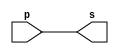
// ------------------------- 
// Exemplo0001 - buffer 
// Nome:Milton costa teles da silva
// ------------------------- 
// ------------------------- 
// -- buffer 
// ------------------------- 
module buffer (output s, input p); 
assign s = p; // criar vinculo permanente 
// (dependencia) 
endmodule // buffer 
// ------------------------- 
// -- test buffer 
// ------------------------- 
module testbuffer; 
// ------------------------- dados locais 
reg a; // definir registrador 
// (variavel independente) 
wire s; // definir conexao (fio) 
// (variavel dependente ) 
// ------------------------- instancia 
buffer BF1 (s, a); 
// ------------------------- preparacao 
initial begin:start 
a=0; 
end 
// ------------------------- parte principal 
initial begin:main 
// execucao unitaria 
$display("Exemplo 0001 - Milton costa teles da silva - 2751"); 
$display("Test buffer:"); 
$display("\t time\t a = s"); 
// execucao permanente 
$monitor("%d\t%b = %b", $time, a, s); 
// apos uma unidade de tempo 
// mudar valor do registrador para 0 
#1 a=1; 
// apos duas unidades de tempo 
// mudar valor do registrador para 1 
#2 a=0; 
end 
endmodule // testbuffer